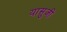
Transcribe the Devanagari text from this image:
यासुजी